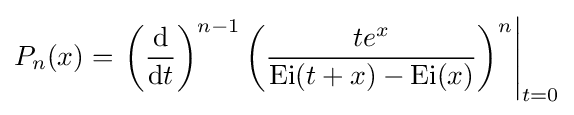
P_{n}(x)=\left.\left({\frac {\mathrm {d} }{\mathrm {d} t}}\right)^{n-1}\left({\frac {te^{x}}{\mathrm {Ei} (t+x)-\mathrm {Ei} (x)}}\right)^{n}\right|_{t=0}